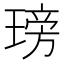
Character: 𤧭